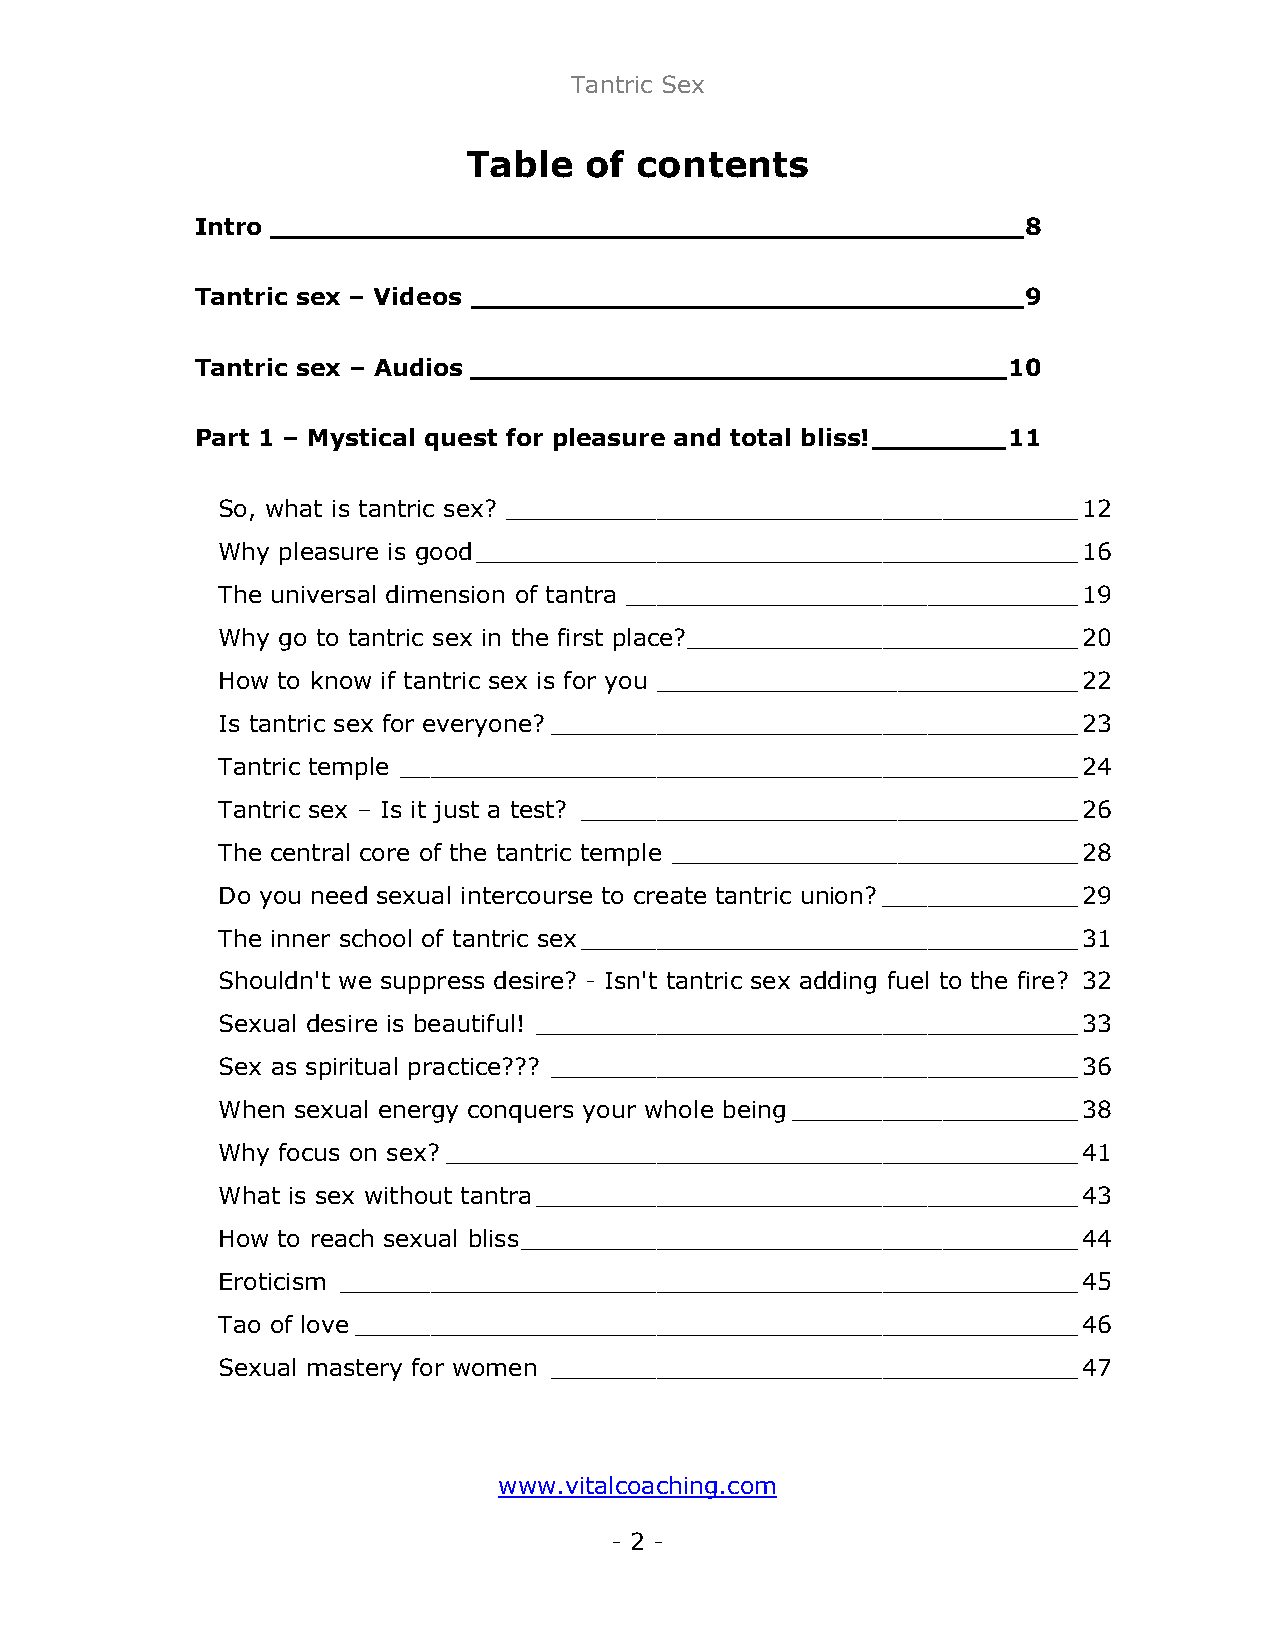
Tantric Sex
 Table   of contents
 Intro _____________________________________________8
 Tantric sex – Videos _________________________________9
 Tantric sex – Audios ________________________________10
 Part 1 – Mystical quest for pleasure and total bliss!________11
 So, what is tantric sex? ______________________________________12
 Why pleasure is good________________________________________16
 The universal dimension of tantra ______________________________19
 Why go to tantric sex in the first place?__________________________20
 How to know if tantric sex is for you ____________________________22
 Is tantric sex for everyone?___________________________________23
 Tantric temple _____________________________________________24
 Tantric sex – Is it just a test? _________________________________26
 The central core of the tantric temple ___________________________28
 Do you need sexual intercourse to create tantric union?_____________29
 The inner school of tantric sex_________________________________31
 Shouldn't we suppress desire? - Isn't tantric sex adding fuel to the fire? 32
 Sexual desire is beautiful! ____________________________________33
 Sex as spiritual practice??? ___________________________________36
 When sexual energy conquers your whole being___________________38
 Why focus on sex?__________________________________________41
 What is sex without tantra____________________________________43
 How to reach sexual bliss_____________________________________44
 Eroticism _________________________________________________45
 Tao of love________________________________________________46
 Sexual mastery for women ___________________________________47
 www.vitalcoaching.com
 - 2 -